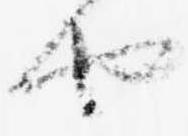
也